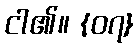
ငါ၏။ {၀၇}